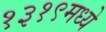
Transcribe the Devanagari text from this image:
१३१९मध्ये